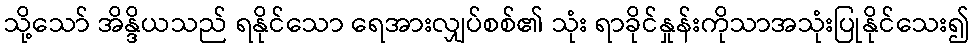
သို့သော် အိန္ဒိယသည် ရနိုင်သော ရေအားလျှပ်စစ်၏ သုံး ရာခိုင်နှုန်းကိုသာအသုံးပြုနိုင်သေး၍